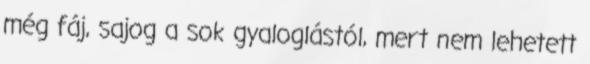
még fáj, sajog a sok gyaloglástól, mert nem lehetett